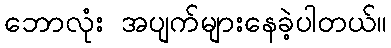
ဘောလုံး အပျက်များနေခဲ့ပါတယ်။